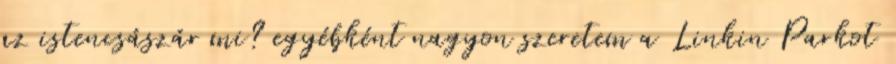
az istencsászár mi? egyébként nagyon szeretem a Linkin Parkot